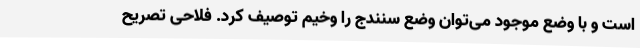
است و با وضع موجود می‌توان وضع سنندج را وخیم توصیف کرد. فلاحی تصریح